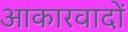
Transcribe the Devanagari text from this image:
आकारवादों